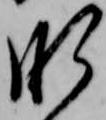
肝